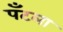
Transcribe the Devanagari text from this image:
पँटला